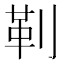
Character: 𪟋